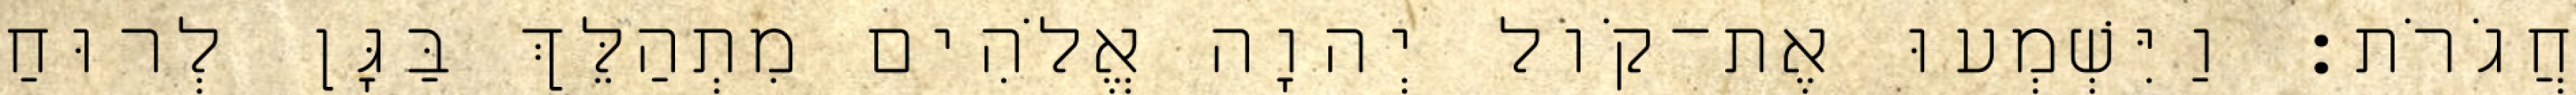
חֲגֹרֹת׃ וַיִּשְׁמְעוּ אֶת־קֹול יְהוָה אֱלֹהִים מִתְהַלֵּךְ בַּגָּן לְרוּחַ